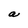
Character: a